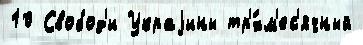
10 Свобод'и Украjины тр'́хм'ес'ячный